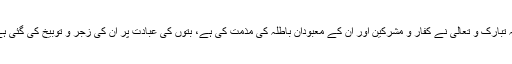
اللہ تبارک و تعالیٰ نے کفار و مشرکین اور ان کے معبودانِ باطلہ کی مذمت کی ہے، بتوں کی عبادت پر ان کی زجر و توبیخ کی گئی ہے۔